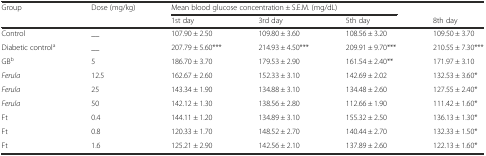
<table><thead><tr><td><b>Group</b></td><td><b>Dose (mg/kg)</b></td><td colspan="3"><b>Mean blood glucose concentration ± S.E.M. (mg/dL)</b></td><td>[EMPTY_CELL]</td></tr><tr><td>[EMPTY_CELL]</td><td>[EMPTY_CELL]</td><td><b>1st day</b></td><td><b>3rd day</b></td><td><b>5th day</b></td><td><b>8th day</b></td></tr></thead><tbody><tr><td>Control</td><td>__</td><td>107.90 ± 2.50</td><td>109.80 ± 3.60</td><td>108.56 ± 3.20</td><td>109.50 ± 3.70</td></tr><tr><td>Diabetic control<sup>a</sup></td><td>__</td><td>207.79 ± 5.60***</td><td>214.93 ± 4.50***</td><td>209.91 ± 9.70***</td><td>210.55 ± 7.30***</td></tr><tr><td>GB<sup>b</sup></td><td>5</td><td>186.70 ± 3.70</td><td>179.53 ± 2.90</td><td>161.54 ± 2.40**</td><td>171.97 ± 3.10</td></tr><tr><td><i>Ferula</i></td><td>12.5</td><td>162.67 ± 2.60</td><td>152.33 ± 3.10</td><td>142.69 ± 2.02</td><td>132.53 ± 3.60*</td></tr><tr><td><i>Ferula</i></td><td>25</td><td>143.34 ± 1.90</td><td>134.88 ± 3.10</td><td>134.48 ± 2.60</td><td>127.55 ± 2.40*</td></tr><tr><td><i>Ferula</i></td><td>50</td><td>142.12 ± 1.30</td><td>138.56 ± 2.80</td><td>112.66 ± 1.90</td><td>111.42 ± 1.60*</td></tr><tr><td>Ft</td><td>0.4</td><td>144.11 ± 1.20</td><td>134.89 ± 3.10</td><td>155.32 ± 2.50</td><td>136.13 ± 1.30*</td></tr><tr><td>Ft</td><td>0.8</td><td>120.33 ± 1.70</td><td>148.52 ± 2.70</td><td>140.44 ± 2.70</td><td>132.33 ± 1.50*</td></tr><tr><td>Ft</td><td>1.6</td><td>125.21 ± 2.90</td><td>142.56 ± 2.10</td><td>137.89 ± 2.60</td><td>122.13 ± 1.60*</td></tr></tbody></table>